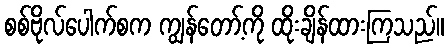
စစ်ဗိုလ်ပေါက်စက ကျွန်တော့်ကို ထိုးချိန်ထားကြသည်။